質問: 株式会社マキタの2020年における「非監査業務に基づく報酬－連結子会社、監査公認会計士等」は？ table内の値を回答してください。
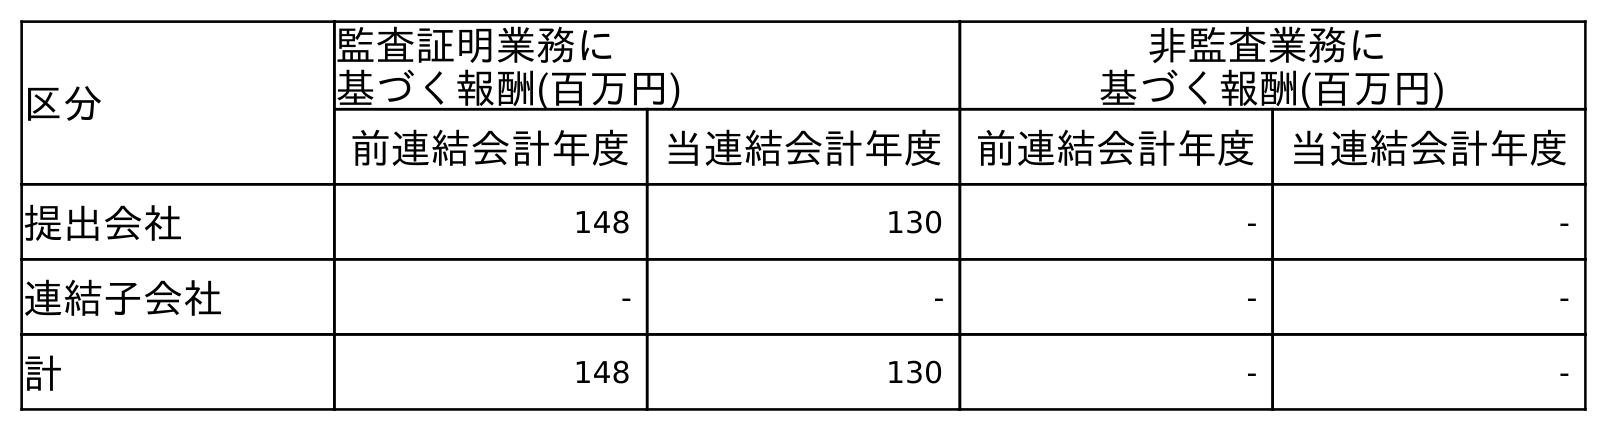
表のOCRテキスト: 区分 監査証明業務に 基づく報酬(百万円) 非監査業務に 基づく報酬(百万円) 前連結会計年度 当連結会計年度 前連結会計年度 当連結会計年度 提出会社 148 130 - - 連結子会社 - - - - 計 148 130 - -
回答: -